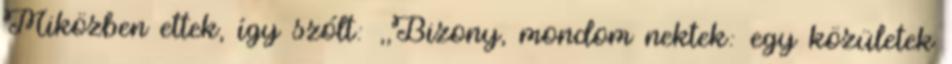
Miközben ettek, így szólt: ,,Bizony, mondom nektek: egy közületek